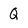
Character: Q